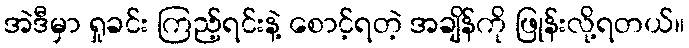
အဲဒီမှာ ရှုခင်း ကြည့်ရင်းနဲ့ စောင့်ရတဲ့ အချိန်ကို ဖြုန်းလို့ရတယ်။